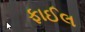
ફાઈલ